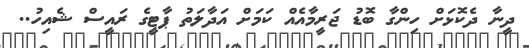
ދީނާ ދެކޮޅަށް ހިންގާ ބޮޑު ޖަރީމާއެއް ކަމަށް އަދާލަތު ޕާޓީގެ ރައީސް ޝެއިހު..